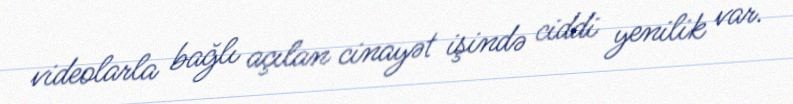
videolarla bağlı açılan cinayət işində ciddi yenilik var.